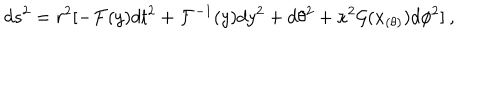
d s ^ { 2 } = r ^ { 2 } [ - { \cal F } ( y ) d t ^ { 2 } + { \cal F } ^ { - 1 } ( y ) d y ^ { 2 } + d \theta ^ { 2 } + \kappa ^ { 2 } { \cal { G } } ( x _ { ( \theta ) } ) d \phi ^ { 2 } ] \: ,